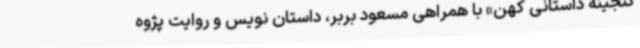
گنجینه داستانی کهن» با همراهی مسعود بربر، داستان نویس و روایت پژوه